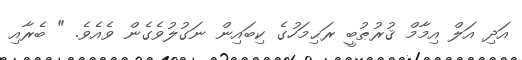
އަދި އަލް އިމާމް ޤުރުޠުބީ ރަޙިމަހުގެ ކިބައިން ނަގުލުވެގެން ވެއެވެ. " ބެރާއި